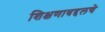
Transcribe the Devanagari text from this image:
शिक्षणाबद्दलचे